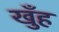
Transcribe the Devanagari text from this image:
खुँह